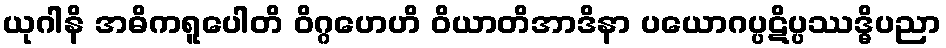
ယုဂါနိ အဓိကရူပေါတိ ဝိဂ္ဂဟေဟိ ဝိယာတိအာဒိနာ ပယောဂပ္ပဋိပ္ပဿဒ္ဓိပညာ